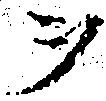
ヲ